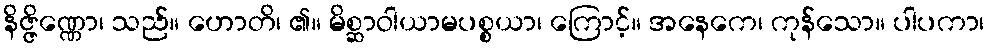
နိဇ္ဇိဏ္ဏော၊ သည်။ ဟောတိ၊ ၏။ မိစ္ဆာဝါယာမပစ္စယာ၊ ကြောင့်။ အနေကေ၊ ကုန်သော။ ပါပကာ၊